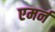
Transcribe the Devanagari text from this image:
एमर्न